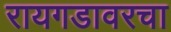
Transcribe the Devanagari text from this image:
रायगडावरचा